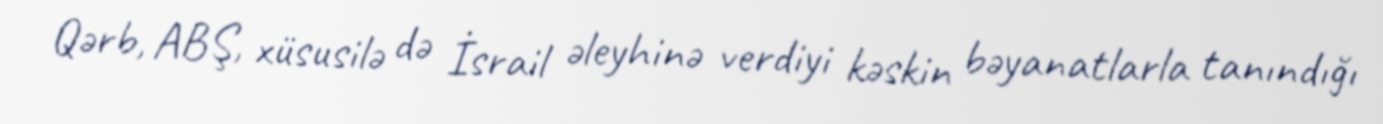
Qərb, ABŞ, xüsusilə də İsrail əleyhinə verdiyi kəskin bəyanatlarla tanındığı